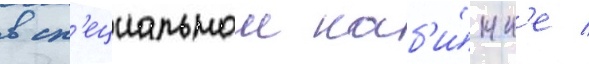
в сп'ециальнои каб'и́нк'е /